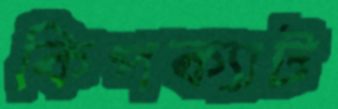
কিপক্যাট